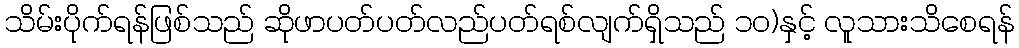
သိမ်းပိုက်ရန်ဖြစ်သည် ဆိုဖာပတ်ပတ်လည်ပတ်ရစ်လျက်ရှိသည် ၁၀)နှင့် လူသားသိစေရန်